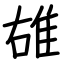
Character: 䧺